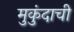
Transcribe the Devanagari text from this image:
मुकुंदाची